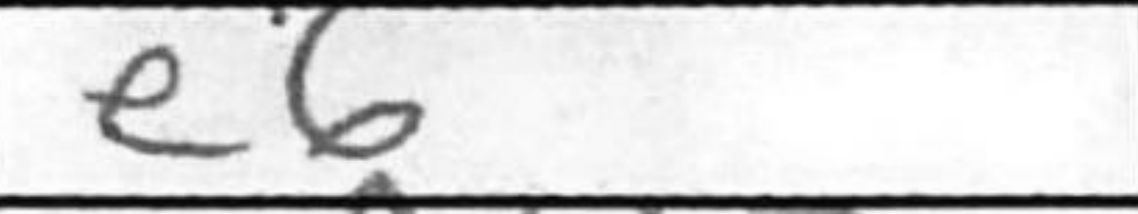
Transcription: e6